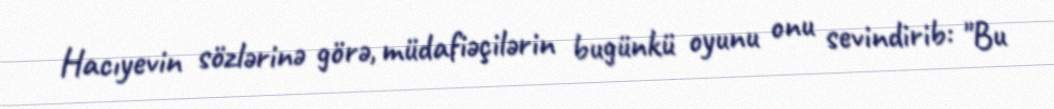
Hacıyevin sözlərinə görə, müdafiəçilərin bugünkü oyunu onu sevindirib: "Bu